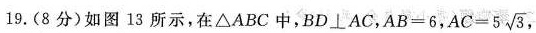
19. (8分) 如图 13 所示，在 △ABC 中，BD \bot AC，$$A B = 6$$， $$A C = 5 \sqrt { 3 }$$ ，